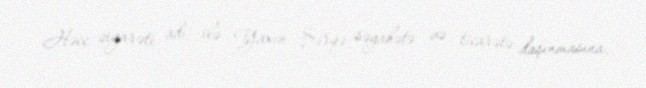
Həcc ziyarəti adı ilə Yaxın Şərqə səyahətə və ticarətə daşınmasına.